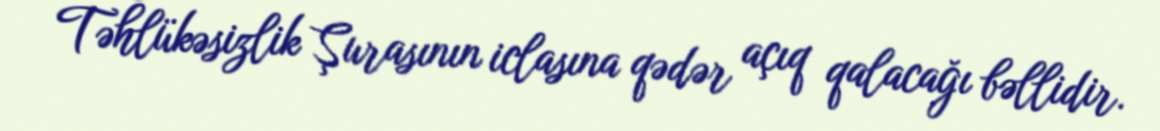
Təhlükəsizlik Şurasının iclasına qədər açıq qalacağı bəllidir.